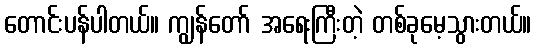
တောင်းပန်ပါတယ်။ ကျွန်တော် အရေးကြီးတဲ့ တစ်ခုမေ့သွားတယ်။